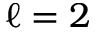
\ell = 2